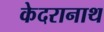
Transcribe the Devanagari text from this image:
केदरानाथ